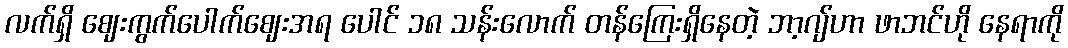
လက်ရှိ ဈေးကွက်ပေါက်ဈေးအရ ပေါင် ၁၈ သန်းလောက် တန်ကြေးရှိနေတဲ့ ဘာ့ဂျ်ဟာ ဖာဘင်ဟို နေရာကို